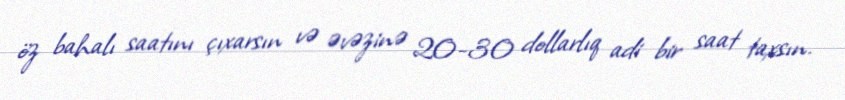
öz bahalı saatını çıxarsın və əvəzinə 20-30 dollarlıq adi bir saat taxsın.